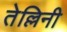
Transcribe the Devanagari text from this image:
तेल्लिनी